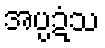
အပ္ပဍံသ